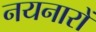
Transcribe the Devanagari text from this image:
नयनारों